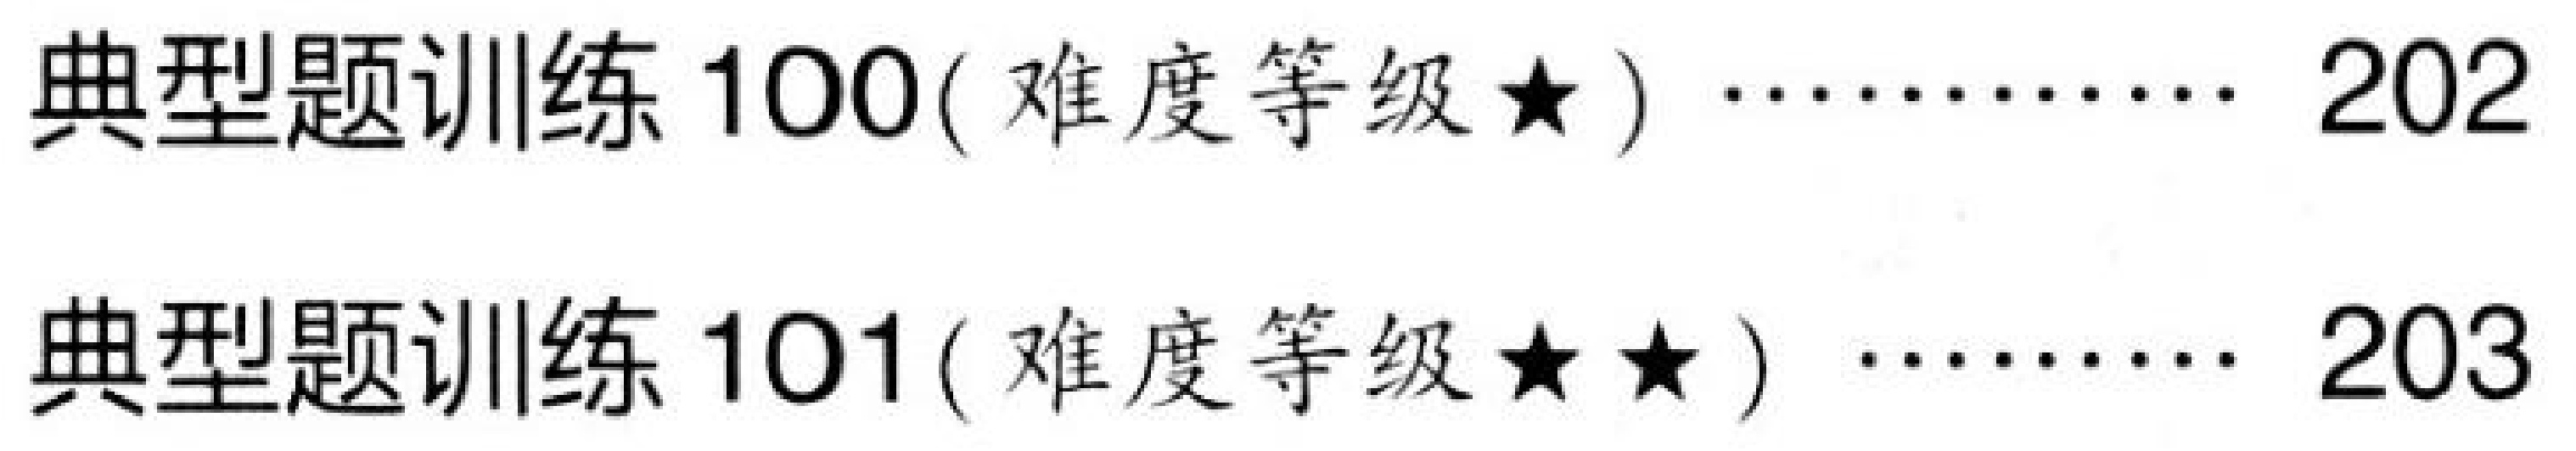
典型题训练 100(难度等级$\star$) $\cdots\cdots\cdots\cdots$ 202\\
典型题训练 101(难度等级$\star\star$) $\cdots\cdots\cdots$ 203